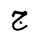
Letter: _gim